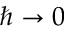
\hbar \rightarrow 0